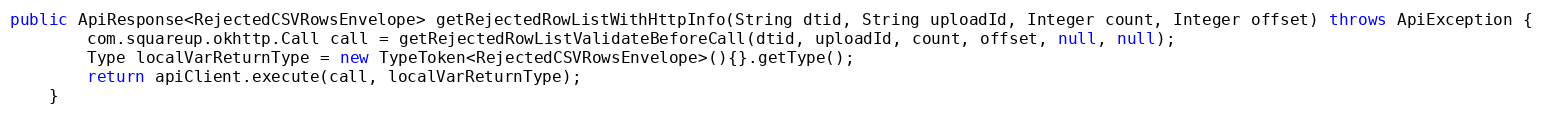
Language: Java
public ApiResponse<RejectedCSVRowsEnvelope> getRejectedRowListWithHttpInfo(String dtid, String uploadId, Integer count, Integer offset) throws ApiException {
        com.squareup.okhttp.Call call = getRejectedRowListValidateBeforeCall(dtid, uploadId, count, offset, null, null);
        Type localVarReturnType = new TypeToken<RejectedCSVRowsEnvelope>(){}.getType();
        return apiClient.execute(call, localVarReturnType);
    }